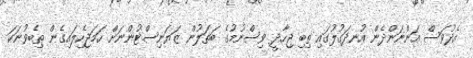
އެދުވަސް އަންނަންދެން އުނދަގުލުގައި ތިބި ޖިހާދީ ވިސްނުމުގެ ބަތަލުން ޒަޔަނިސްޓުންނަށް ހަމަޖެހިލައިގެން ތިބެވުނަކަ